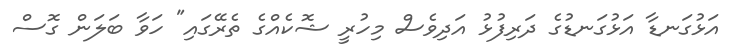
އަޅުގަނޑާ އަޅުގަނޑުގެ ދަރިފުޅު އަދިވެސް މިހުރީ ޝޮކެއްގެ ތެރޭގައި" ހަވާ ބަލަން ގޮސް